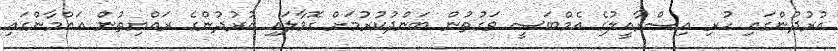
އުރުދުންގައި ހުރި އިސްރާއީލުގެ އެމްބަސީ ވަގުތުން ބަންދުކުރުމަށް ގޮވާލައި އުރުދުންގެ ރައްޔިތުން ޢައްމާންގައި